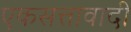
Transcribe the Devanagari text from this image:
एकसत्तावादी